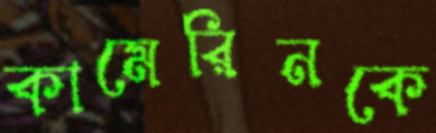
কামেরিনকে